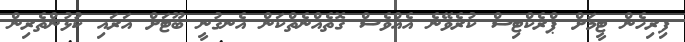
ފިރިހެން ޓީމަށް ޕްރެކްޓިސް ކުރެވޭނެ އެއްވެސް ގޮތެއްނެތްކަން އެނގުނީ ބޫޓަށް އަރައި ކުޅުންތެރިން